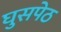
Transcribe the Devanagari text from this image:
घुसपेठ